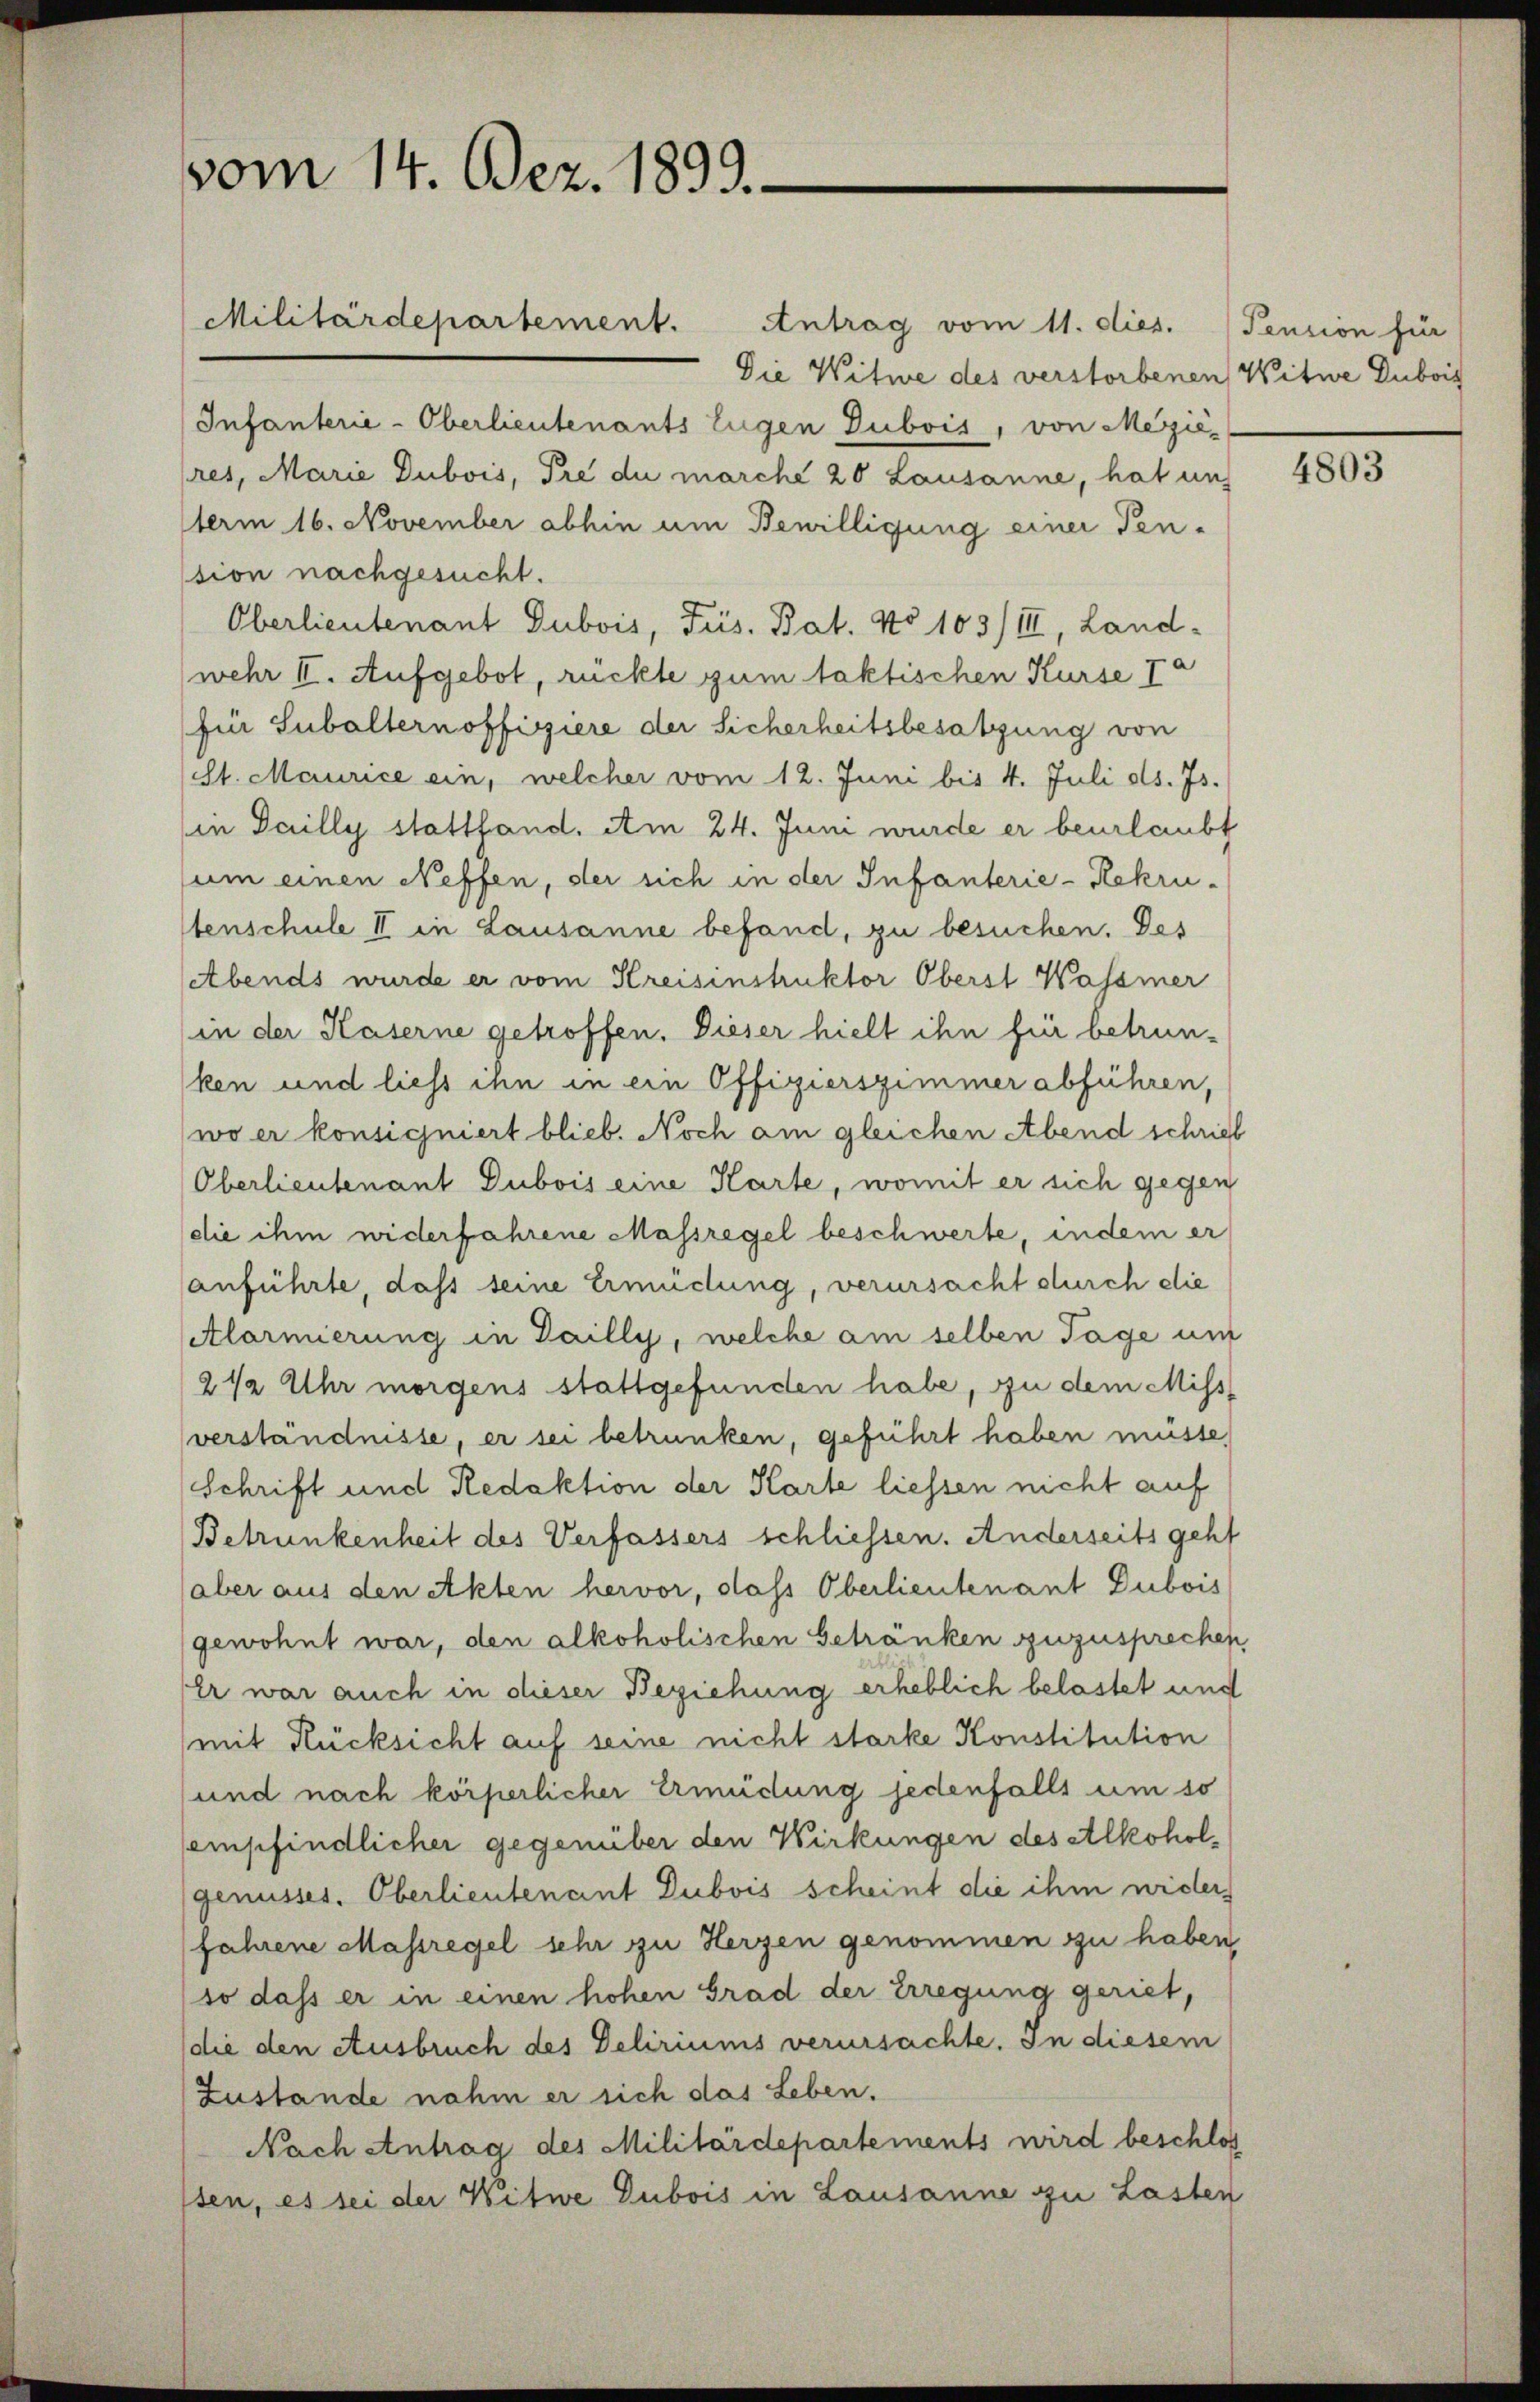
vom 14. Dez. 1899.

Militärdepartement. Antrag vom 11. dies. Pension für
Die Witwe des verstorbenen Witwe Dubois
Infanterie-Oberlieutenants Eugen Dubois, von Mezieres, Marie Dubois, Pre du marche 20 Lausanne, hat un
term 16. November abhin um Bewilligung einer Ten-
sion nachgesucht.
Oberlieutenant Dubois, Frs. Bat. No 103/III, Landwehr II. Aufgebot, rückte gum faktischen Kurse Ja
fi Subalternoffiziere der Sicherheitsbesatzung von
(St. Maurice ein, welcher vom 12. Juni bis 4. Juli d. Js.
in Dailly stattfand. Am 24. Juni wurde er beurlaubt
um einen Neffen, der sich in der Infanterie-Rekrutenschule II in Lausanne befand, zu besuchen. Des
Abends wurde er vom Kreisinstruktor Oberst Wasser
(in der Kaserne getroffen. Dieser hielt ihn für betrunken und liess ihn in ein Offizierszimmer abführen,
wo er konsigniert blieb. Noch am gleichen Abend schrieb
Oberlieutenant Dubois eine Karte, womit er sich gegen
(die ihm widerfahrene Massregel beschwerte, indem er
anführte, daß seine Ermüdung, verursacht durch die
Alarmierung in Dailly, welche am selben Tage mit
2½ Uhr morgens stattgefunden habe, zu dem Miss
verständnisse, er sei betrunken, geführt haben müsse,
Schrift und Redaktion der Karte liessen nicht auf
Betrunkenheit des Verfassers schliessen. Anderseits geht
(aber aus den Akten hervor, dass Oberlieutenant Dubois
gewohnt war, den alkoholischen Getränken zuzusprechen
Er war auch in dieser Beziehung erheblich belastet und
mit Rücksicht auf seine nicht starke Konstitution
und nach körperlicher Ermüdung jedenfalls um so
empfindlicher gegenüber den Wirkungen des Alkoholgenusses. Oberlieutenant Dubois scheint die ihm wider
Jahrene Massregel sehr zu Herzen genommen zu haben,
so dass er in einen hohen Grad der Erregung geriet,
die den Ausbruch des Deliriums verursachte. In diesem
Zustande nahm er sich das Leben.
Nach Antrag des Militärdepartements wird beschlos
lsen, es sei der Witwe Dubois in Lausanne zu Lasten

4803